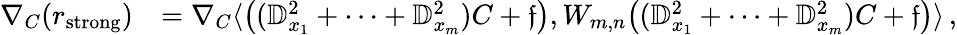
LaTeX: \begin{array}{rl}{\nabla_{C}(r_{\textrm{strong}})}&{=\nabla_{C}\langle\big((\mathbb{D}_{x_{1}}^{2}+\cdots+\mathbb{D}_{x_{m}}^{2})C+\mathfrak{f}\big),W_{m,n}\big((\mathbb{D}_{x_{1}}^{2}+\cdots+\mathbb{D}_{x_{m}}^{2})C+\mathfrak{f}\big)\rangle\, ,}\end{array}